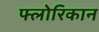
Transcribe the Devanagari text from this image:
फ्लोरिकान